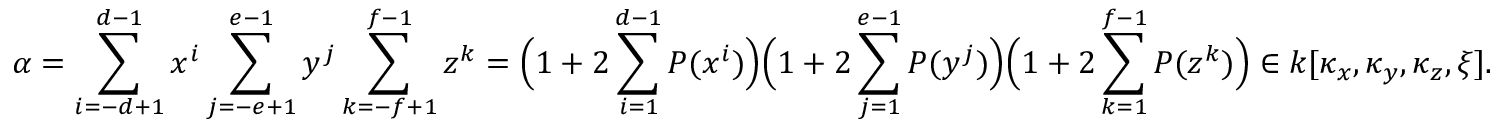
\alpha = \sum _ { i = - d + 1 } ^ { d - 1 } x ^ { i } \sum _ { j = - e + 1 } ^ { e - 1 } y ^ { j } \sum _ { k = - f + 1 } ^ { f - 1 } z ^ { k } = \Big ( 1 + 2 \sum _ { i = 1 } ^ { d - 1 } P ( x ^ { i } ) \Big ) \Big ( 1 + 2 \sum _ { j = 1 } ^ { e - 1 } P ( y ^ { j } ) \Big ) \Big ( 1 + 2 \sum _ { k = 1 } ^ { f - 1 } P ( z ^ { k } ) \Big ) \in k [ \kappa _ { x } , \kappa _ { y } , \kappa _ { z } , \xi ] .